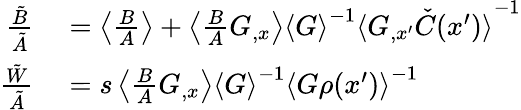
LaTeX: \begin{array}{rl}{\frac{\tilde{B}}{\tilde{A}}}&{{}=\left\langle{\frac{B}{A}}\right\rangle+\left\langle{\frac{B}{A}G_{,x}}\right\rangle{\langle G\rangle}^{-1}{\langle G_{,x^{\prime}}\check{C}(x^{\prime})\rangle}^{-1}}\\ {\frac{\tilde{W}}{\tilde{A}}}&{{}=s\left\langle{\frac{B}{A}G_{,x}}\right\rangle{\langle G\rangle}^{-1}{\langle G\rho(x^{\prime})\rangle}^{-1}}\end{array}